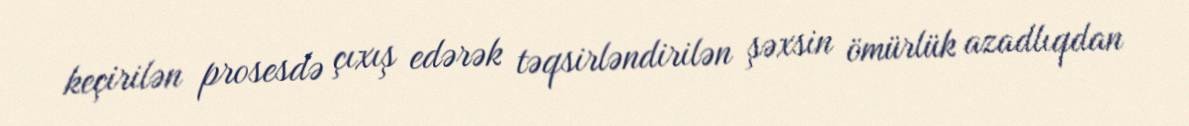
keçirilən prosesdə çıxış edərək təqsirləndirilən şəxsin ömürlük azadlıqdan